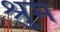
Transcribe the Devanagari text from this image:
श्रुम